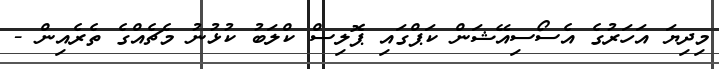
މިދިޔަ އަހަރުގެ އެސޯސިއޭޝަން ކަޕްގައި ޕޮލިސް ކްލަބު ކުޅުނު މެޗެއްގެ ތެރެއިން -